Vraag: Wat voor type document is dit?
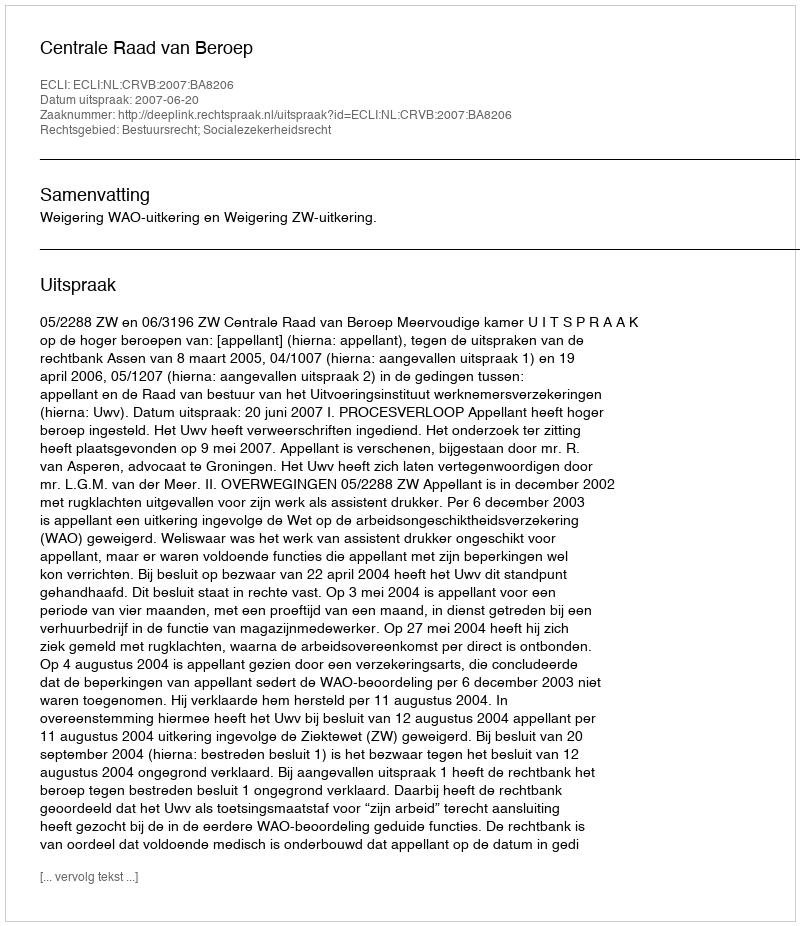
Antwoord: Uitspraak